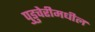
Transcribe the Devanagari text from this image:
पुडुचेरीमधील